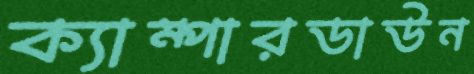
ক্যাম্পারডাউন